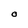
Character: O